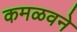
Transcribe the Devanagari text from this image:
कमळवने